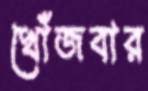
খোঁজবার